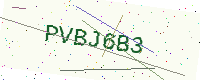
Text: PVBJ6B3